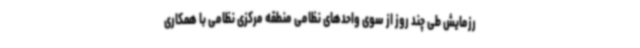
رزمایش طی چند روز از سوی واحدهای نظامی منطقه مرکزی نظامی با همکاری